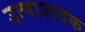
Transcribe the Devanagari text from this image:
उत्पाशदक